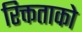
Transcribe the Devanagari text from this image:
रिक्तताको